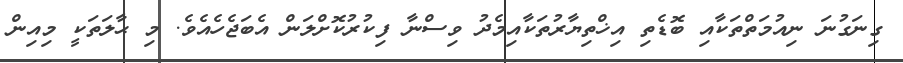
ގިނަގުނަ ނިއުމަތްތަކާއި ބޮޑެތި އިޚްތިޔާރުތަކާއިމެދު ވިސްނާ ފިކުރުކޮށްލަން އެބަޖެހެއެވެ. މި ޙާލަތަކީ މިއިން